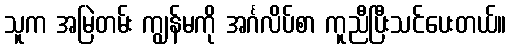
သူက အမြဲတမ်း ကျွန်မကို အင်္ဂလိပ်စာ ကူညီပြီးသင်ပေးတယ်။